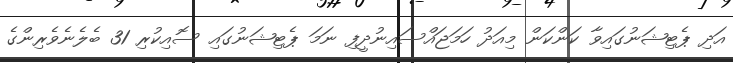
އަދި ޕެޓިޝަނުގައިވާ ކަންކަން މިއަދު ހަމަޖައްސައިނުދީފި ނަމަ ޕެޓިޝަނުގައި ސޮއިކުރި 31 ބެލެނެވެރިންގެ